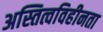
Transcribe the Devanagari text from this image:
अस्तित्वविहीनता